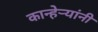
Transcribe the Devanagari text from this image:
कान्हेर्‍यांनी